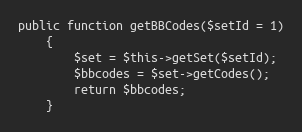
Language: PHP
public function getBBCodes($setId = 1)
    {
        $set = $this->getSet($setId);
        $bbcodes = $set->getCodes();
        return $bbcodes;
    }